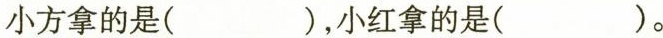
小方拿的是( )，小红拿的是( )。